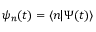
\psi _ { n } ( t ) = \langle n | \Psi ( t ) \rangle